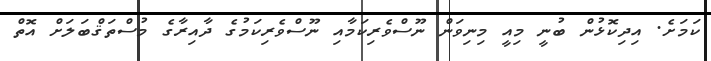
ކަމަށެެ. އިދިކޮޅުން ބުނީ މިއީ މިނިވަން ނޫސްވެރިކަމާއި ނޫސްވެރިކަމުގެ ދާއިރާގެ މުސްތަޤްބަލަށް އޮތް